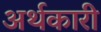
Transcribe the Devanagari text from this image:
अर्थकारी